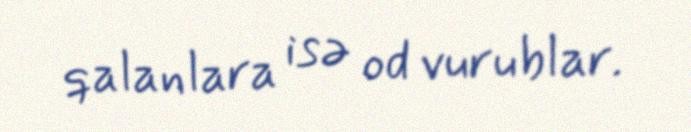
qalanlara isə od vurublar.